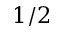
1 / 2